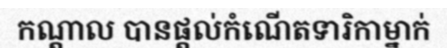
កណ្តាល បានផ្តល់កំណើតទារិកាម្នាក់